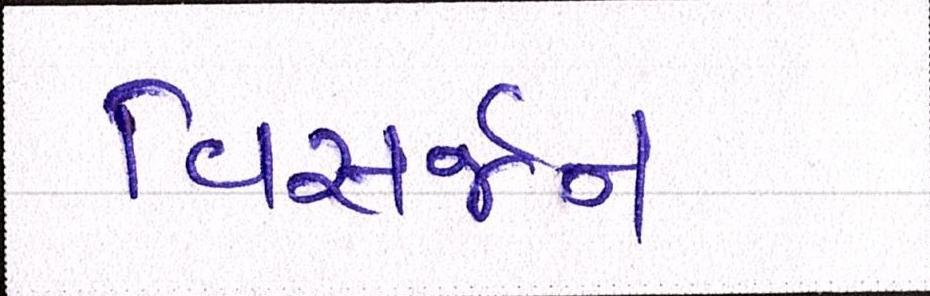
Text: વિસર્જન